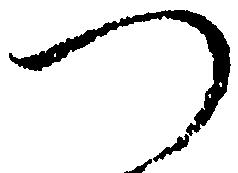
つ